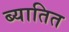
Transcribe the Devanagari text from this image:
ब्यातित